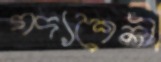
গদ্যশৈলী